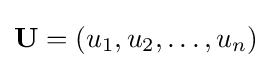
\mathbf {U} =(u_{1},u_{2},\ldots ,u_{n})